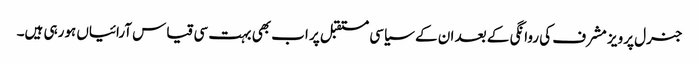
جنرل پرویز مشرف کی روانگی کے بعد ان کے سیاسی مستقبل پر اب بھی بہت سی قیاس آرائیاں ہورہی ہیں۔